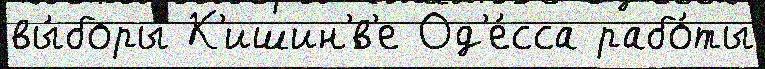
вы́боры К'ишин'́в'е Од'е́сса рабо́ты